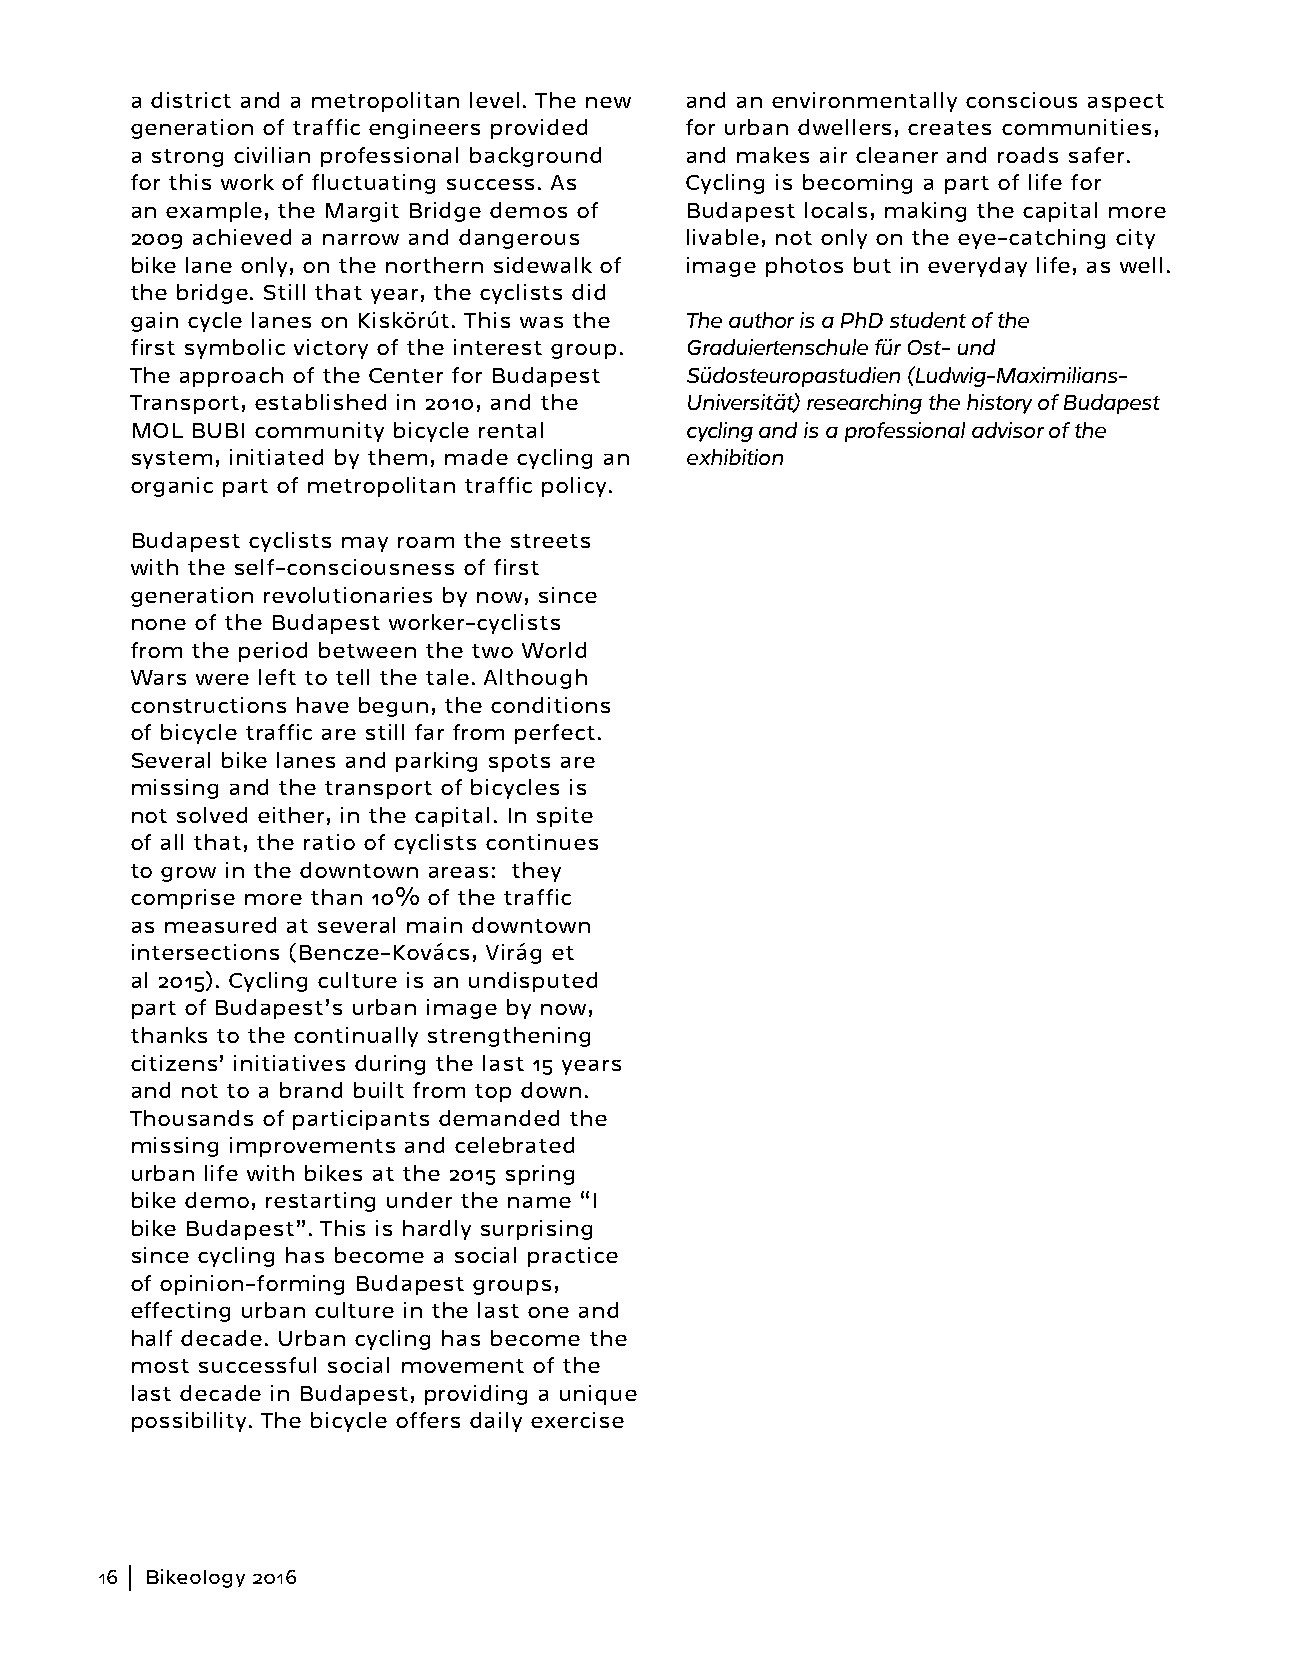
a district and a metropolitan level. The new and an environmentally conscious aspect
 generation of traffic engineers provided for urban dwellers, creates communities,
 a strong civilian professional background and makes air cleaner and roads safer.
 for this work of fluctuating success. As Cycling is becoming a part of life for
 an example, the Margit Bridge demos of Budapest locals, making the capital more
 2009 achieved a narrow and dangerous livable, not only on the eye-catching city
 bike lane only, on the northern sidewalk of image photos but in everyday life, as well.
 the bridge. Still that year, the cyclists did
 gain cycle lanes on Kiskörút. This was the The author is a PhD student of the
 first symbolic victory of the interest group. Graduiertenschule für Ost- und
 The approach of the Center for Budapest Südosteuropastudien (Ludwig-Maximilians-
 Transport, established in 2010, and the Universität) researching the history of Budapest
 MOL BUBI community bicycle rental   cycling and is a professional advisor of the
 system, initiated by them, made cycling an exhibition
 organic part of metropolitan traffic policy.
 Budapest cyclists may roam the streets
 with the self-consciousness of first
 generation revolutionaries by now, since
 none of the Budapest worker-cyclists
 from the period between the two World
 Wars were left to tell the tale. Although
 constructions have begun, the conditions
 of bicycle traffic are still far from perfect.
 Several bike lanes and parking spots are
 missing and the transport of bicycles is
 not solved either, in the capital. In spite
 of all that, the ratio of cyclists continues
 to grow in the downtown areas: they
 comprise more than 10% of the traffic
 as measured at several main downtown
 intersections (Bencze-Kovács, Virág et
 al 2015). Cycling culture is an undisputed
 part of Budapest’s urban image by now,
 thanks to the continually strengthening
 citizens’ initiatives during the last 15 years
 and not to a brand built from top down.
 Thousands of participants demanded the
 missing improvements and celebrated
 urban life with bikes at the 2015 spring
 bike demo, restarting under the name “I
 bike Budapest”. This is hardly surprising
 since cycling has become a social practice
 of opinion-forming Budapest groups,
 effecting urban culture in the last one and
 half decade. Urban cycling has become the
 most successful social movement of the
 last decade in Budapest, providing a unique
 possibility. The bicycle offers daily exercise
 16  Bikeology 2016